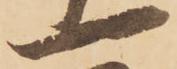
一